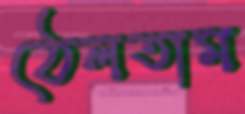
ঠেলতাম